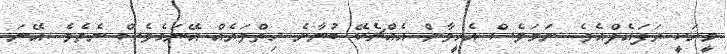
މީހަކީ ރަފައެލްއެވެ. ނަމަވެސް އެހީވާން އެއްޗެކޭ ބުނާނެ ހިތްވަރެއް އޭނަގެވެސް ނެތެވެ. އޭނަ